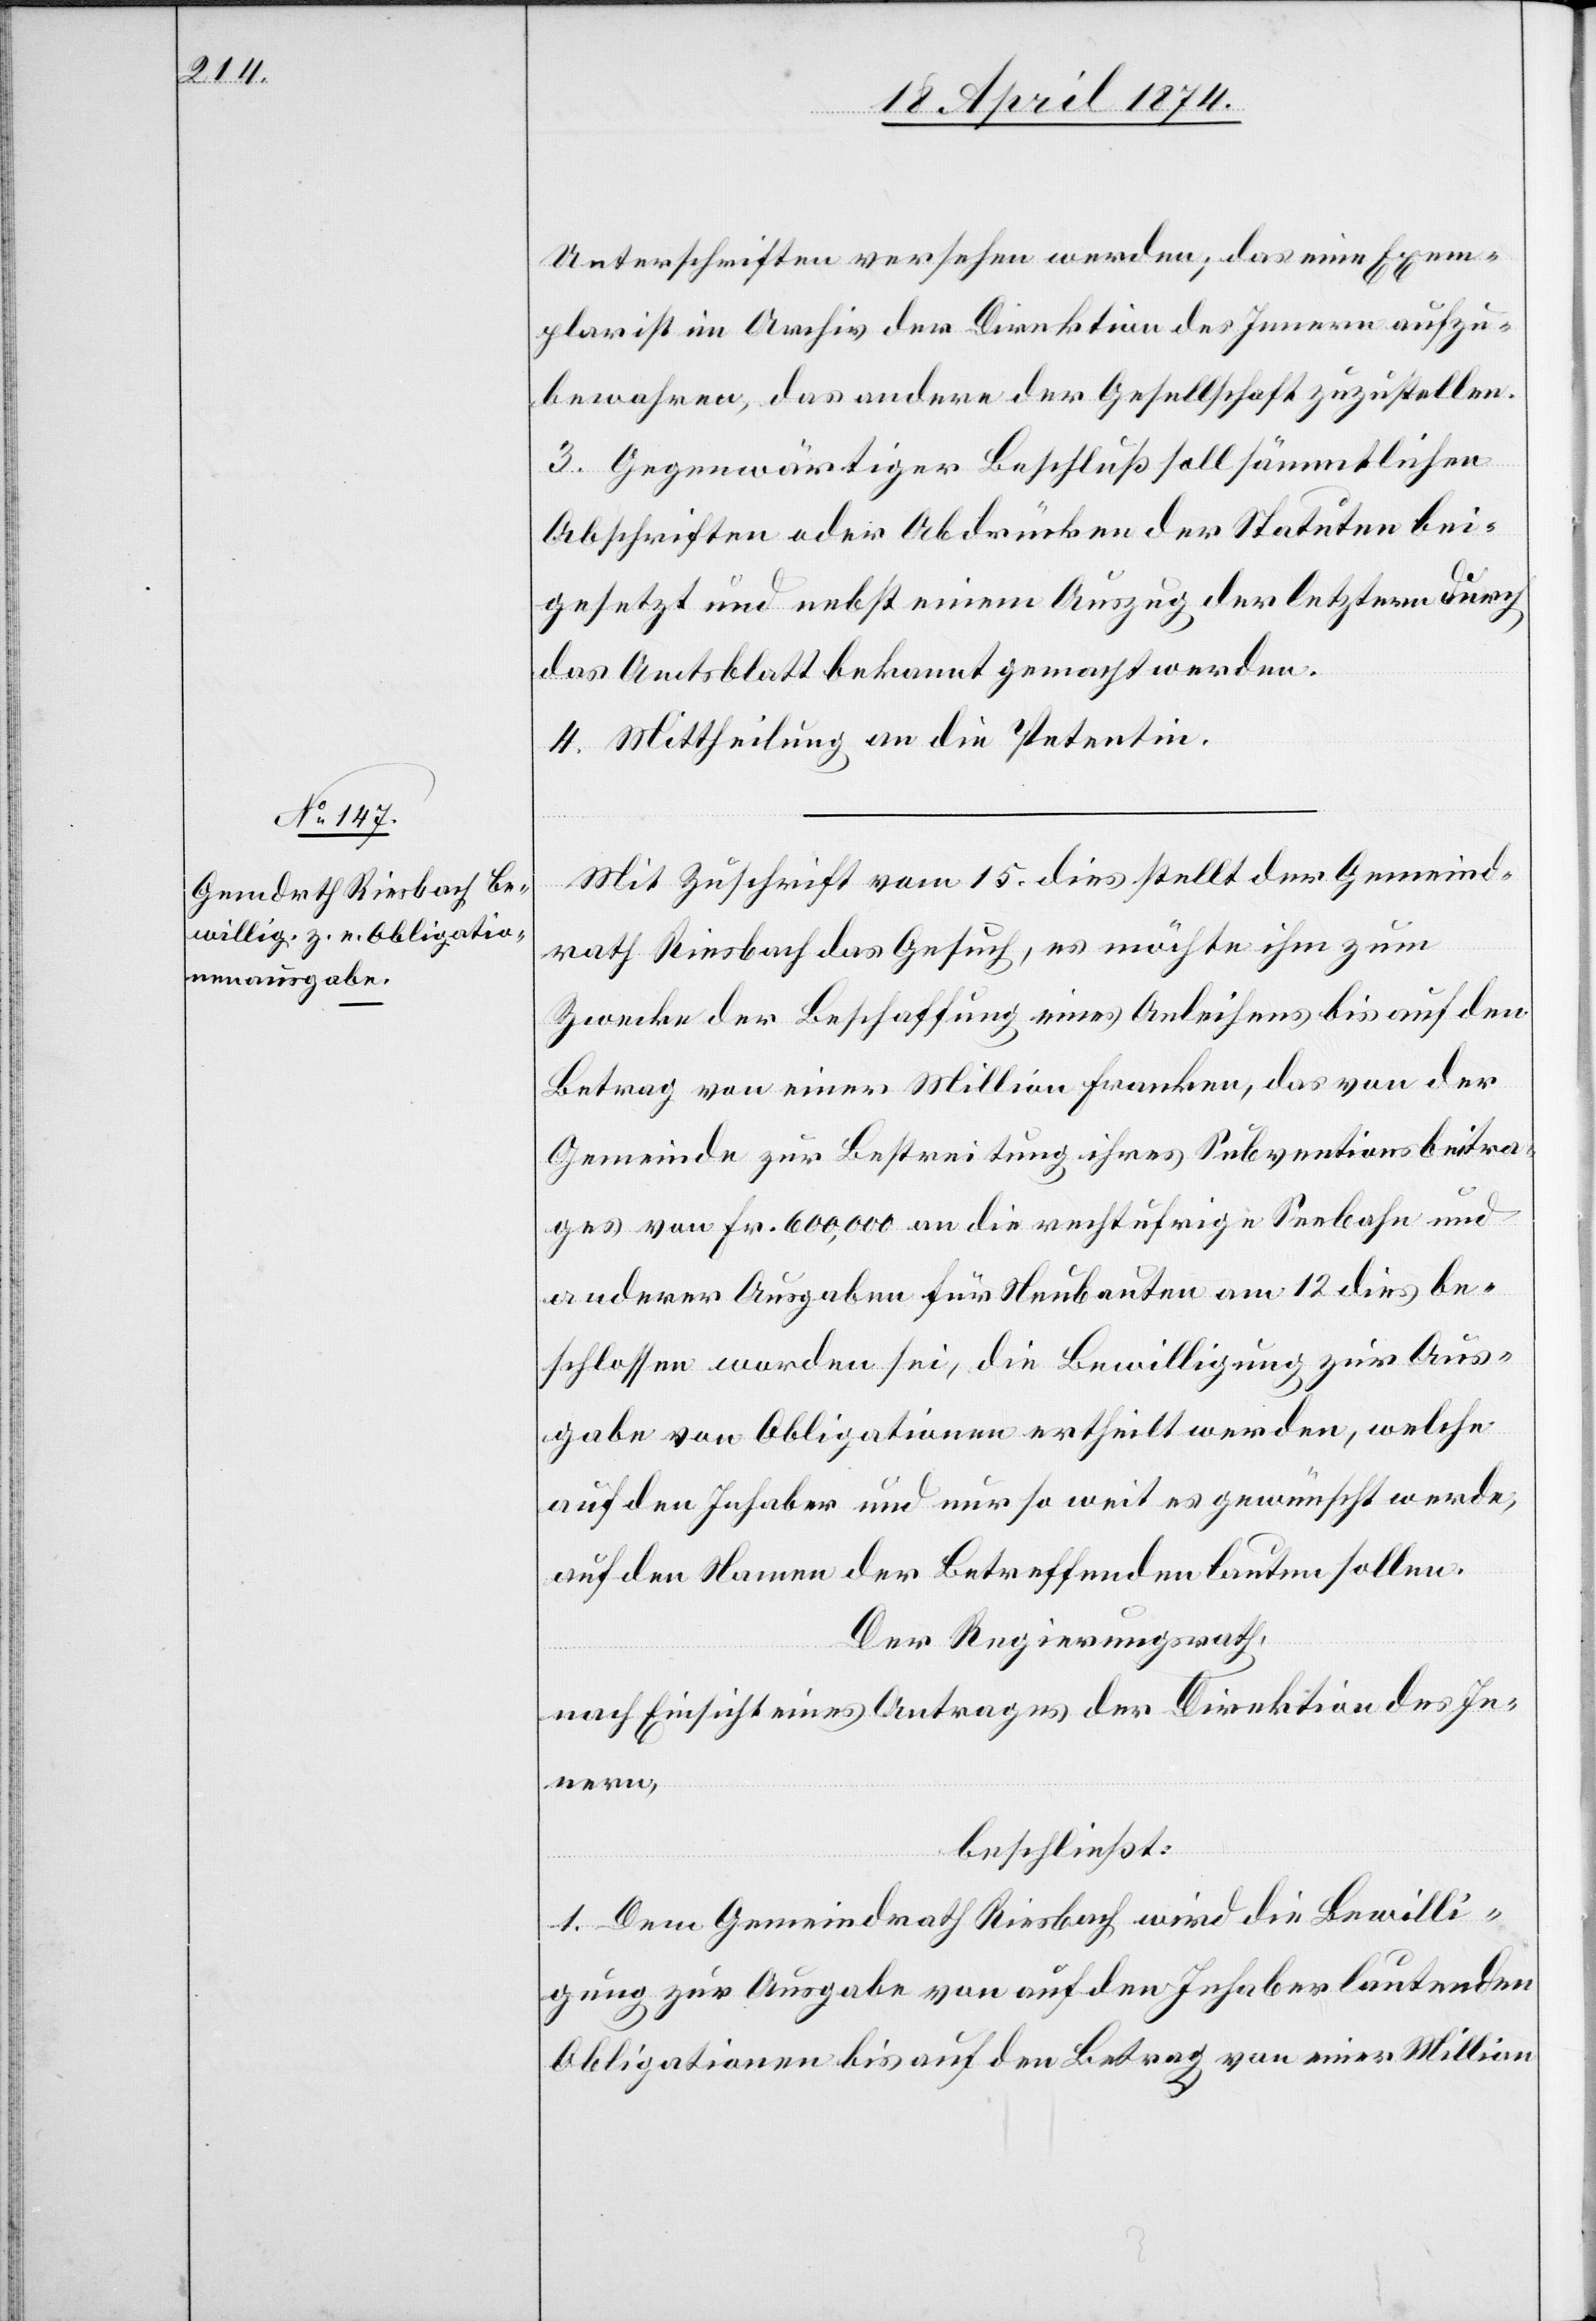
Unterschriften versehen werden; das eine Exem¬
plar ist im Archiv der Direktion des Innern aufzu¬
bewahren, das andere der Gesellschaft zuzustellen.
3. Gegenwärtiger Beschluß soll sämmtlichen
Abschriften oder Abdrücken der Statuten bei¬
gesetzt und nebst einem Auszug der letztern durch
das Amtsblatt bekannt gemacht werden.
4. Mittheilung an die Petentin.
Mit Zuschrift vom 15. dies stellt der Gemeind¬
rath Riesbach das Gesuch, es möchte ihm zum
Zwecke der Beschaffung eines Anleihens bis auf den
Betrag von einer Million Franken, das von der
Gemeinde zur Bestreitung ihres Subventionsbeitra¬
ges von Fr. 600,000 an die rechtufrige Seebahn und
anderer Ausgaben für Neubauten am 12. dies be¬
schlossen worden sei, die Bewilligung zur Aus¬
gabe von Obligationen ertheilt werden, welche
auf den Inhaber und nur so weit es gewünscht werde,
auf den Namen der Betreffenden lauten sollen.
Der Regierungsrath,
nach Einsicht eines Antrages der Direktion des In¬
nern,
beschließt:
1. Dem Gemeindrath Riesbach wird die Bewilli¬
gung zur Ausgabe von auf den Inhaber lautenden
Obligationen bis auf den Betrag von einer Million